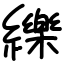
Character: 纅